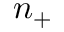
n _ { + }